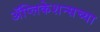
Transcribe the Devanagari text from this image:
ॲप्लिकेशन्सच्या